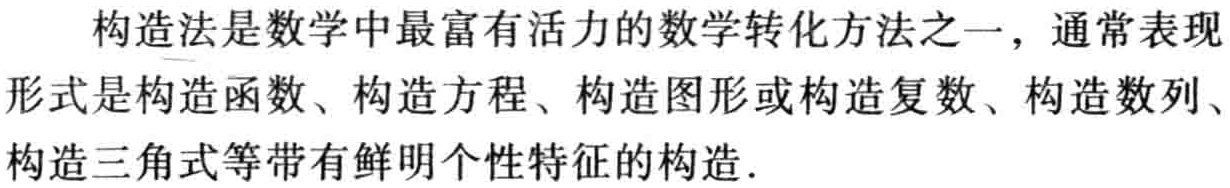
构造法是数学中最富有活力的数学转化方法之一，通常表现形式是构造函数、构造方程、构造图形或构造复数、构造数列、构造三角式等带有鲜明个性特征的构造.